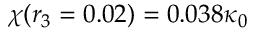
\chi ( r _ { 3 } = 0 . 0 2 ) = 0 . 0 3 8 \kappa _ { 0 }